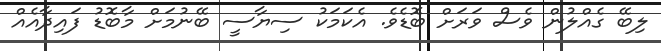
ލިބޭ ގެއްލުން ވެސް ވަރަށް ބޮޑެވެ. އެކަމަކު ސިޔާސީ ބޭނުމަށް މާބޮޑު ފައިދާއެއް